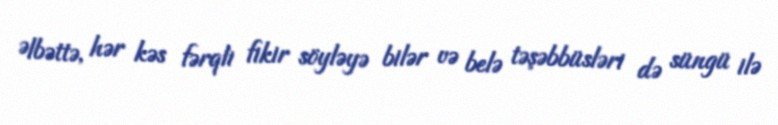
Əlbəttə, hər kəs fərqli fikir söyləyə bilər və belə təşəbbüsləri də süngü ilə